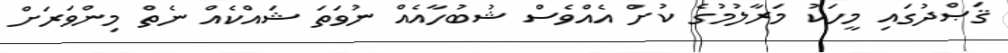
ޤަޞްދުގައި މީހަކު މަރާލުމުގެ ކުށް އެއްވެސް ޝުބުހާއެއް ނުވަތަ ޝައްކެއް ނެތް މިންވަރަށް